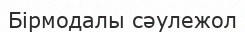
Бірмодалы сәулежол